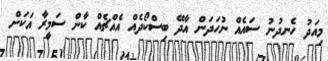
މިއަދު ހެނދުނު ސައެއް ނުހަދަން އާދޭ ބިސްކޯދެއް އެއްޗެއް ކާން ސަމީރާ އަކަށް